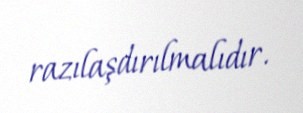
razılaşdırılmalıdır.